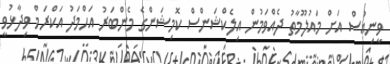
ވީނިއުސް އަށް މައުލޫމާތު ދެއްވަމުން އިލެކްޝަންސް ކޮމިޝަންގެ މެންބަރު އަހްމަދު އަކްރަމް ވިދާޅުވީ